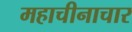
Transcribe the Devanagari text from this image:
महाचीनाचार